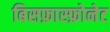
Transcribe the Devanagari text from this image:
बिसफ़ास्फ़ोनेट